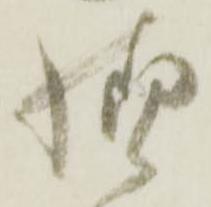
様